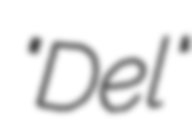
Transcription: "Del"